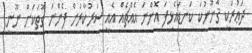
ދަޢުރަކީ ޤާނޫނުކަ ކަނޑައެޅިފަ އޮންނަ އެއްޗެއް އެއީ ސަރުކާރަށް ފެންނަ ގޮތަކަށް ނޫނީ